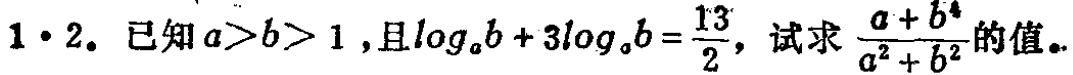
$1\cdot 2$. 已知$a > b > 1$,且$\log_{a}b + 3\log_{b}a=\frac{13}{2}$, 试求$\frac{a + b^{4}}{a^{2}+b^{2}}$的值。